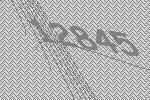
12845